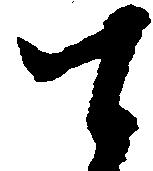
て